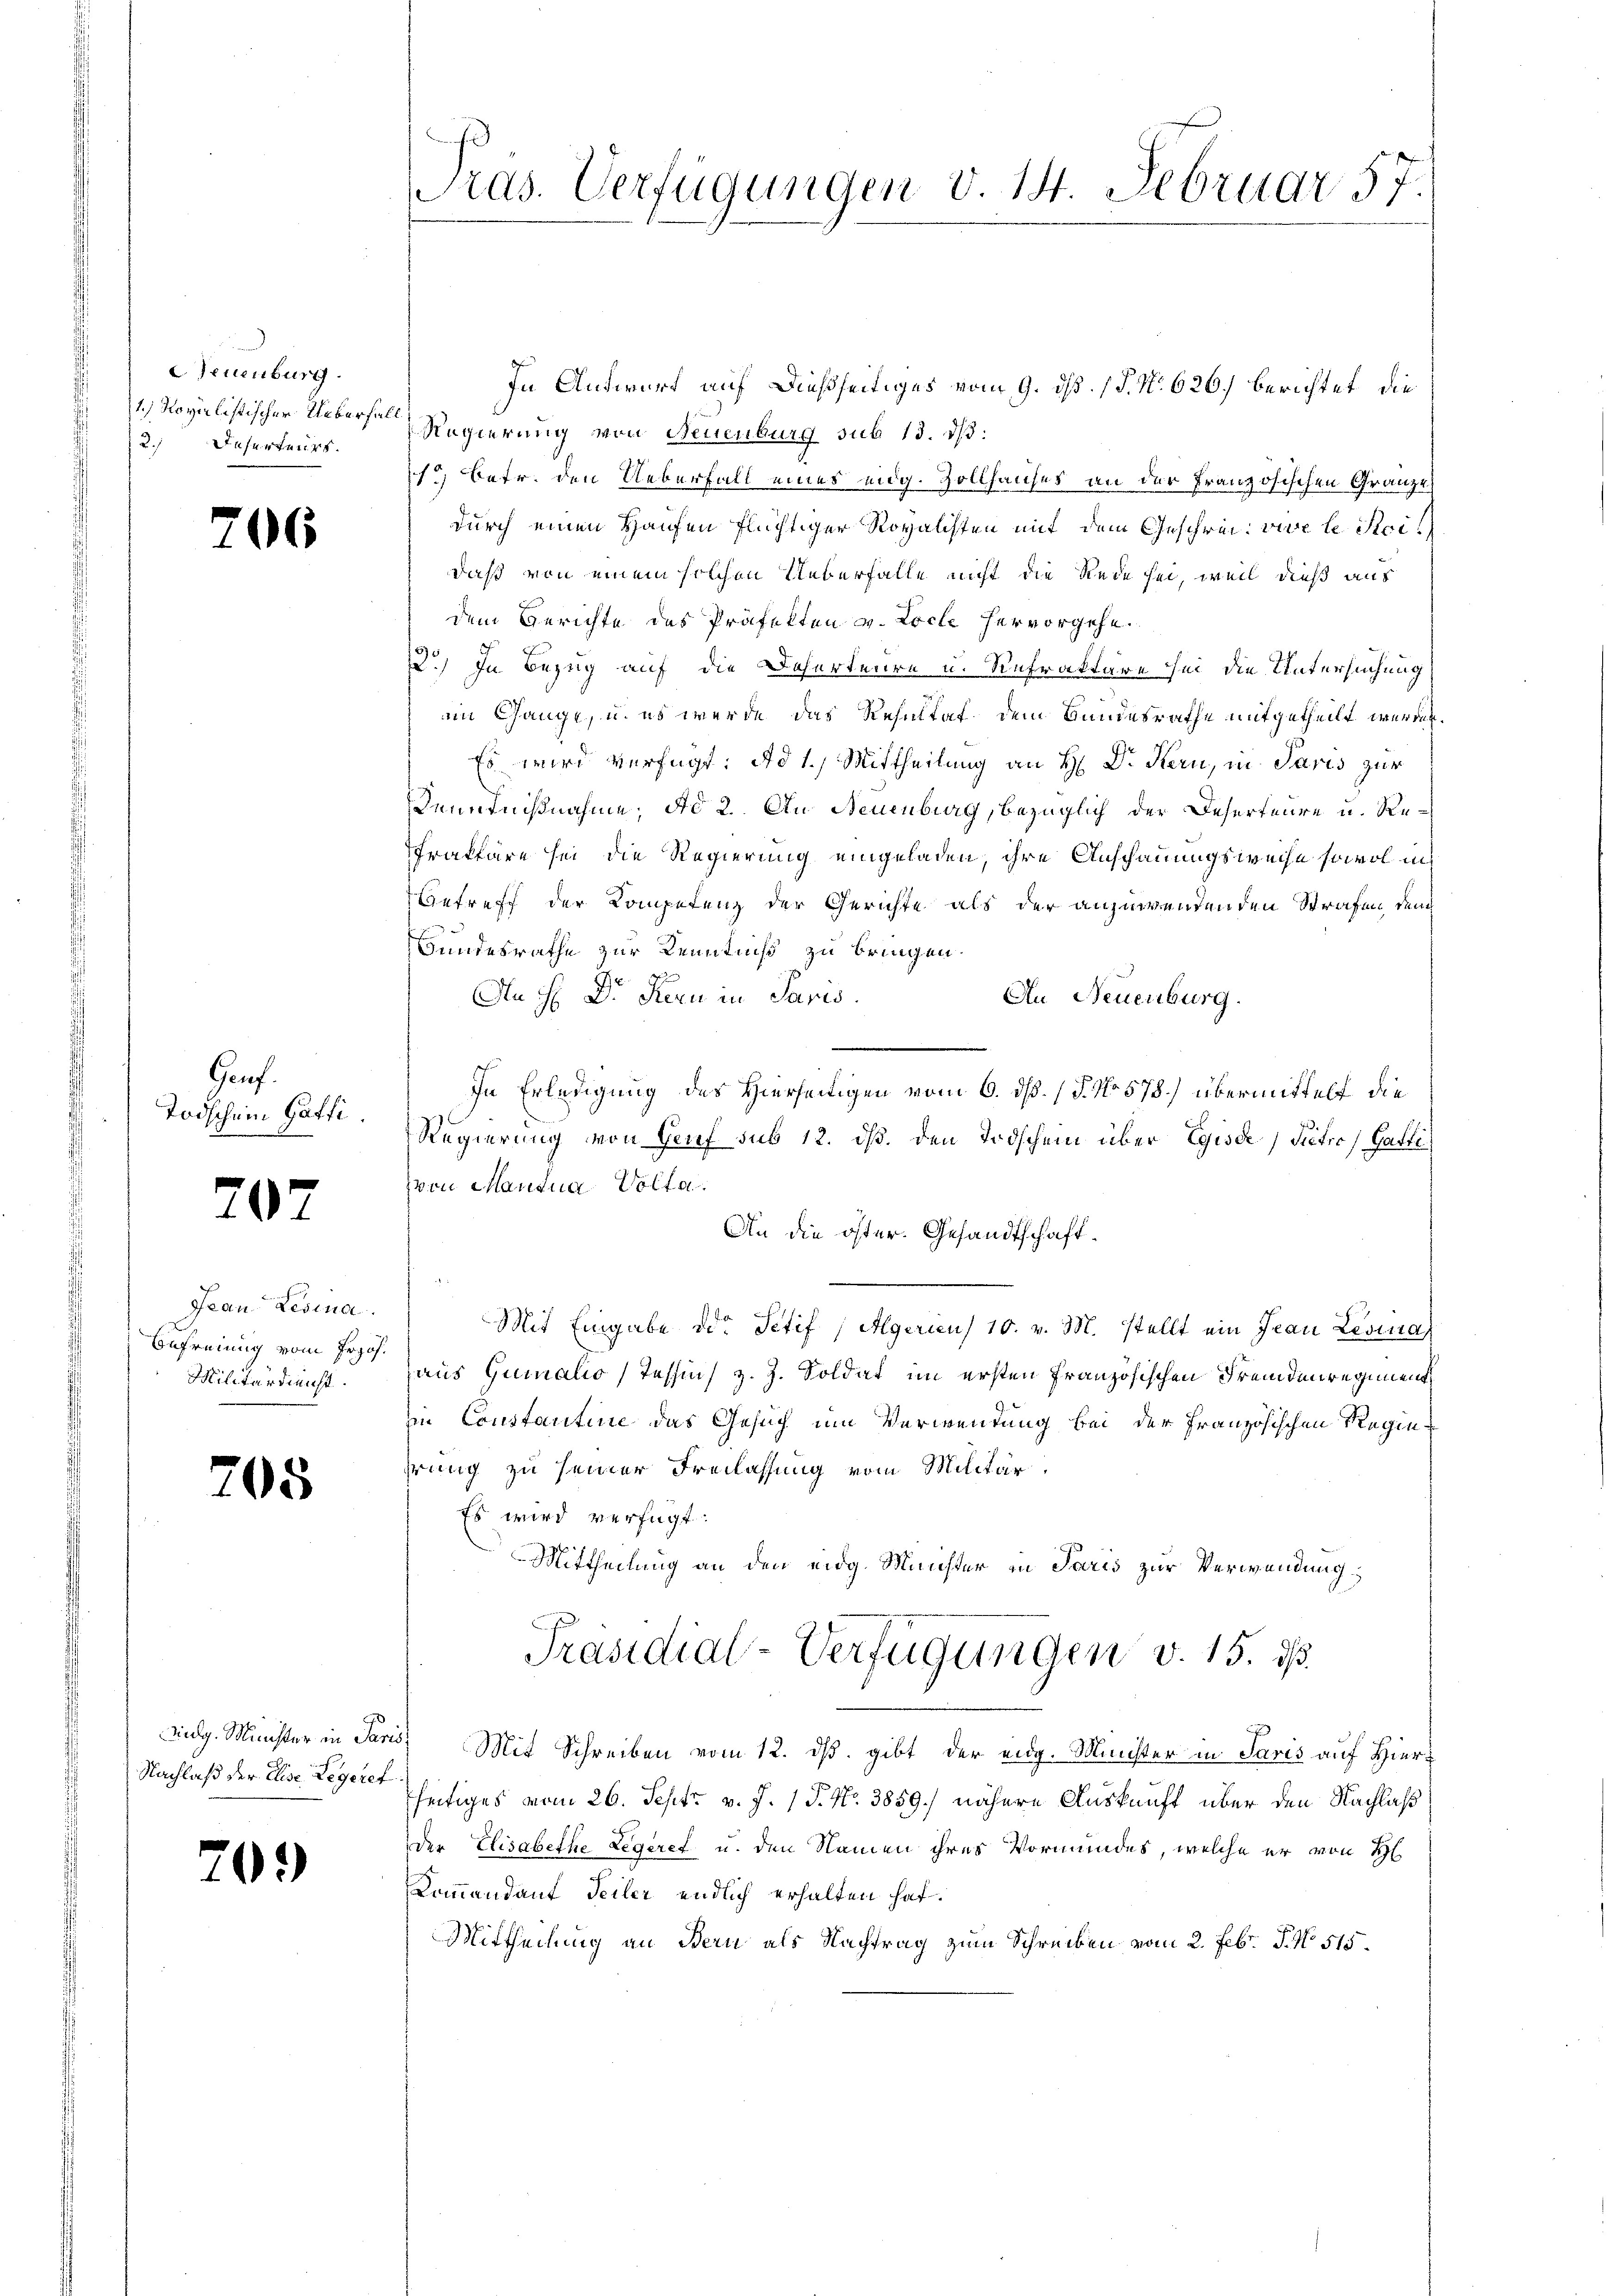
euenburg.
1.) Novilistischer Ueberhal¬
2.) Deserteurs.

206

Gauf.
Todschein Gatti

707

Geau-Lesina.
Befreiung vom Erge
Militärdienst.

705

Nachlaß der Elise Legeret

709)

Pras. Verfügungen v. 14. Februar 57.

In Antwurf auf dießseitiges vom 9. dß. (§. No. 626. berichtet, die
Regierung von Neuenburg sub 13. dβ:
1.) Betr. den Ueberfall eines eidg. Zollhauses an der französischen Gränze
durch einen Hausen flüchtiger Royalisten mit dem Geschrei vive le Sci
daß von einem solchen Ueberfalle nicht die Rede sei, weil dieß aus
dem Berichte des Präfekten v. Loche hervorgehe.
12) In Bezug auf die Daherteure u. Refraktäre sei die Untersuchung
.
eim Gange, u. es werde das Resultat dem Bundesrathe mitgetheilt werden.
Es wird verfügt: ad 1.) Mittheilung an H. Dr. Kern, in Paris zur
Kenntnißnahme, ad 2. An Neuenburg, bezüglich der Deserteure u. Refraffäre sei die Regierung eingeladen, ihre Anschauungsweise sowol ih
Getreff der Kompetenz der Gerichte als der anzuwendenden Strafen den
Bundesrathe zur Kenntniß zu bringen.
J.
An H. D. Kern in Paris. An Neuenburg.
.
In Erledigung des Hierseitigen vom 6. dß. (S. No 578.) übermittelt die
Regierung von Hanf sub 12. ds. den Todschein über Egisse Pietro / Gatti
von Mantua Volta.
An die öster. Gesandtschaft¬
Mit Eingabe der Setif /Algerien 10. v. M. stellt ein Jean Levina
haus Gumalis Tessin, z. Z. Soldat im ersten Französischen Fremdenregiment
in Constantine das Gesuch um Verwendung bei der Französischen Regiehrung zu seiner Freilassung vom Militär¬
Es wird verfügt:
Mittheilung an den eidg. Minister in Paris zur Verwendung,
Präsidial-Verfügungen v. 15. ds.
vidg. Minister in Paris, Mit Schreiben vom 12. ds. gibt der eidg. Minister in Paris auf Hierfseitiges vom 26. Sept. v. J. 1 P. Nr. 3859.) nähere Auskunft über den Nachlaß
der Elisabethe Legeret u. den Namen ihres Vormundes, welche er von H
Kommandant Teiler endlich erhalten hat.
Mittheilung an Bern als Nachtrag zum Schreiben vom 2. Febr. P. No 515.